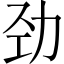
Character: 劲